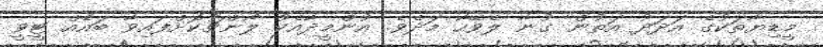
މީޑިޔާތަކުގެ އަދަދު އަތުން ގުނާ ލެވޭހާ މަދެވެ. އުންމީދާއެކު ލޯންޗުކޮށްފައިވާ ބައެއް ޓީވީ